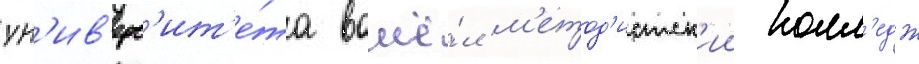
ун'ив'ерс'ит'е́та вошё́л м'етод'истск'ии колл'едж